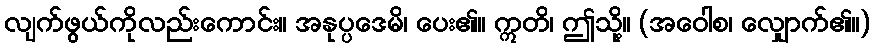
လျက်ဖွယ်ကိုလည်းကောင်း။ အနုပ္ပဒေမိ၊ ပေး၏။ ဣတိ၊ ဤသို့။ (အဝေါစ၊ လျှောက်၏။)